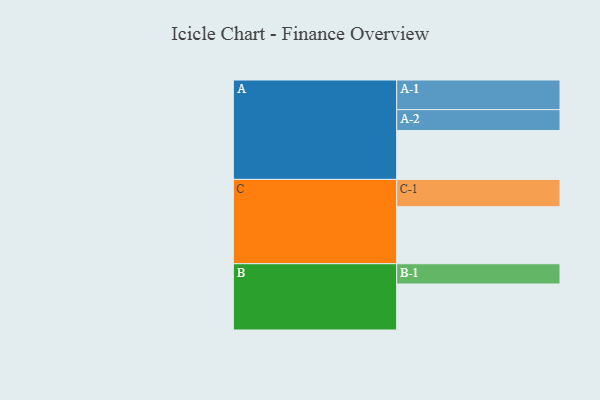
{"axis": {"x": "Segment", "y": "Value"}, "legend": ["", "A", "B", "C"], "data": [{"x": "A", "y": 437, "type": ""}, {"x": "B", "y": 411, "type": ""}, {"x": "C", "y": 509, "type": ""}, {"x": "A-1", "y": 265, "type": "A"}, {"x": "A-2", "y": 186, "type": "A"}, {"x": "B-1", "y": 181, "type": "B"}, {"x": "C-1", "y": 244, "type": "C"}]}